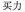
买力